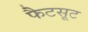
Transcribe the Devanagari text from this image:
फैटसूट